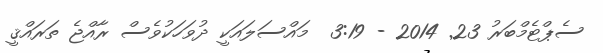
ސެޕްޓެމްބަރު 23